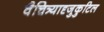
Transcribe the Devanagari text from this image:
वैचित्र्यादृजुकुटिल